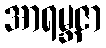
အာရမ္ဘဇာ